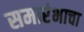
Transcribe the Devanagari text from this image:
समारंभाचा